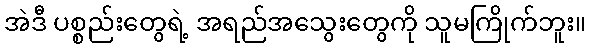
အဲဒီ ပစ္စည်းတွေရဲ့ အရည်အသွေးတွေကို သူမကြိုက်ဘူး။